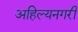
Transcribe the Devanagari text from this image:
अहिल्यनगरी